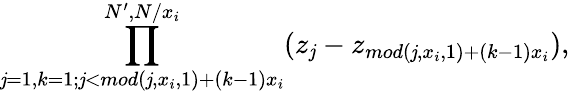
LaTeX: \prod_{\mathit{j}=1,k=1;\mathit{j}<mod(\mathit{j},x_{i},1)+(k-1)x_{i}}^{N^{\prime},N/x_{i}}(z_{\mathit{j}}-z_{mod(\mathit{j},x_{i},1)+(k-1)x_{i}}),